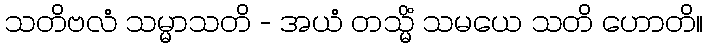
သတိဗလံ သမ္မာသတိ - အယံ တသ္မိံ သမယေ သတိ ဟောတိ။